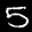
Label: 5